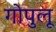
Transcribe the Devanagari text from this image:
गोपुलू